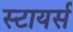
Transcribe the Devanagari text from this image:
स्टायर्स